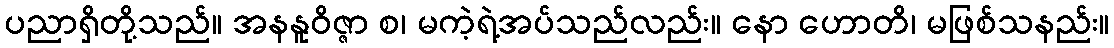
ပညာရှိတို့သည်။ အနနူဝိဇ္ဇာ စ၊ မကဲ့ရဲ့အပ်သည်လည်း။ နော ဟောတိ၊ မဖြစ်သနည်း။